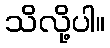
သိလို့ပါ။